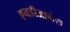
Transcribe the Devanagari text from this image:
एनडीआनेस